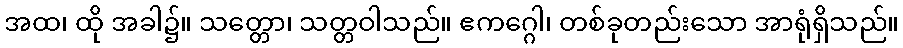
အထ၊ ထို အခါ၌။ သတ္တော၊ သတ္တဝါသည်။ ဧကဂ္ဂေါ၊ တစ်ခုတည်းသော အာရုံရှိသည်။